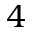
4